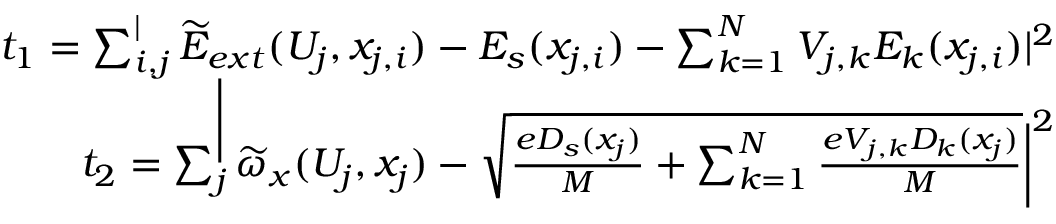
\begin{array} { r } { t _ { 1 } = \sum _ { i , j } ^ | \widetilde { E } _ { e x t } ( U _ { j } , x _ { j , i } ) - E _ { s } ( x _ { j , i } ) - \sum _ { k = 1 } ^ { N } V _ { j , k } E _ { k } ( x _ { j , i } ) | ^ { 2 } } \\ { t _ { 2 } = \sum _ { j } ^ \bigg | \widetilde { \omega } _ { x } ( U _ { j } , x _ { j } ) - \sqrt { \frac { e D _ { s } ( x _ { j } ) } { M } + \sum _ { k = 1 } ^ { N } \frac { e V _ { j , k } D _ { k } ( x _ { j } ) } { M } } \bigg | ^ { 2 } } \end{array}